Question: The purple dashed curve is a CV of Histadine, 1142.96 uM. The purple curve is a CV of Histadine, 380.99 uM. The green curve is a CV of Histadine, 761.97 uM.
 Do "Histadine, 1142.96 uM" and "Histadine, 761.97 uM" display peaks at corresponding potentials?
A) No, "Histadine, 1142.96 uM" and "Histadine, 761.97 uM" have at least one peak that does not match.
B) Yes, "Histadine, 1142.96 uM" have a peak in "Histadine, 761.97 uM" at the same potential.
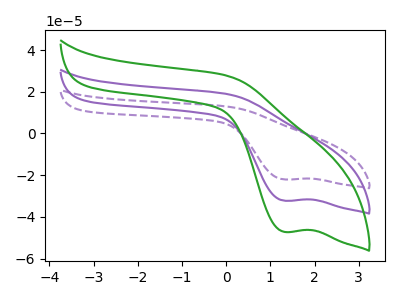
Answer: <think>The purple dashed curve "Histadine, 1142.96 uM" has a cathodic peak at: (1.30V, -64.50uA). The purple curve "Histadine, 380.99 uM" has a cathodic peak at: (1.30V, -32.25uA). The green curve "Histadine, 761.97 uM" has a cathodic peak at: (1.30V, -47.20uA).</think>
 <answer>B) Yes, "Histadine, 1142.96 uM" have a peak in "Histadine, 761.97 uM" at the same potential.</answer>
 <eval>B</eval>